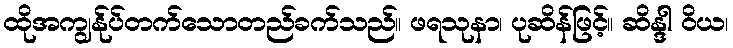
ထိုအကျွန်ုပ်တက်သောတည်ခက်သည်။ ဖရသုနာ၊ ပုဆိန်ဖြင့်။ ဆိန္ဒါ ဝိယ၊